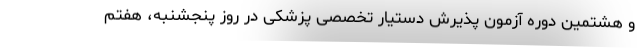
و هشتمین دوره آزمون پذیرش دستیار تخصصی پزشکی در روز پنجشنبه، هفتم